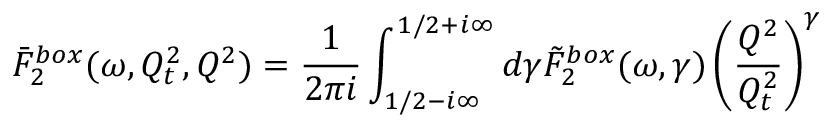
\bar { F } _ { 2 } ^ { b o x } ( \omega , Q _ { t } ^ { 2 } , Q ^ { 2 } ) = { \frac { 1 } { 2 \pi i } } \int _ { 1 / 2 - i \infty } ^ { 1 / 2 + i \infty } d \gamma \tilde { F } _ { 2 } ^ { b o x } ( \omega , \gamma ) \left( \frac { Q ^ { 2 } } { Q _ { t } ^ { 2 } } \right) ^ { \gamma }